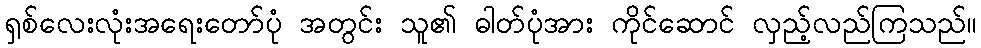
ရှစ်လေးလုံးအရေးတော်ပုံ အတွင်း သူ၏ ဓါတ်ပုံအား ကိုင်ဆောင် လှည့်လည်ကြသည်။